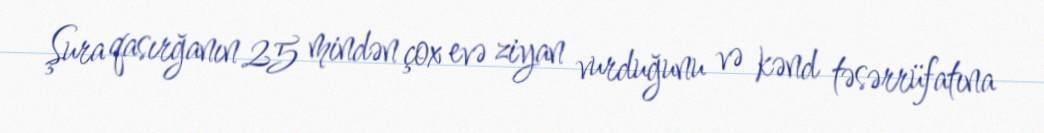
Şura qasırğanın 25 mindən çox evə ziyan vurduğunu və kənd təsərrüfatına